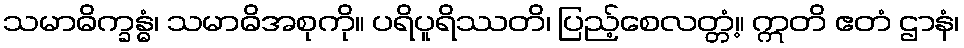
သမာဓိက္ခန္ဓံ၊ သမာဓိအစုကို။ ပရိပူရိဿတိ၊ ပြည့်စေလတ္တံ့။ ဣတိ ဧတံ ဌာနံ၊